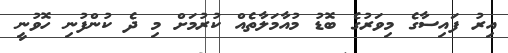
އިރު ފައިސާގެ މިވަރުގެ ބޮޑު މުއާމަލާތެއް ކުރުމަށް މި ދެ ކުންފުނި ހޮވުނީ